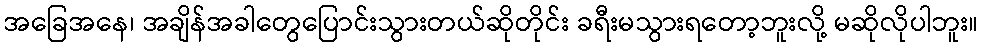
အခြေအနေ၊ အချိန်အခါတွေပြောင်းသွားတယ်ဆိုတိုင်း ခရီးမသွားရတော့ဘူးလို့ မဆိုလိုပါဘူး။